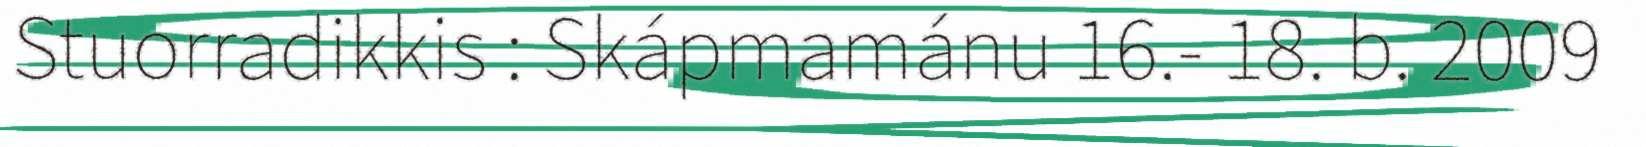
Stuorradikkis : Skápmamánu 16.‐ 18. b. 2009